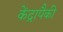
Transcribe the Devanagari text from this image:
केंद्रापैकी